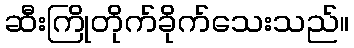
ဆီးကြိုတိုက်ခိုက်သေးသည်။